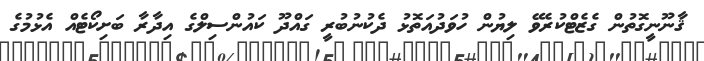
ޤާނޫނީގޮތުން ގެޒެޓްކުރެވޭ ލިޔުން ހުވަދުއަތޮޅު ދެކުނުބުރީ ގައްދޫ ކައުންސިލްގެ އިދާރާ ބަށިކޯޓެއް އެޅުމުގެ